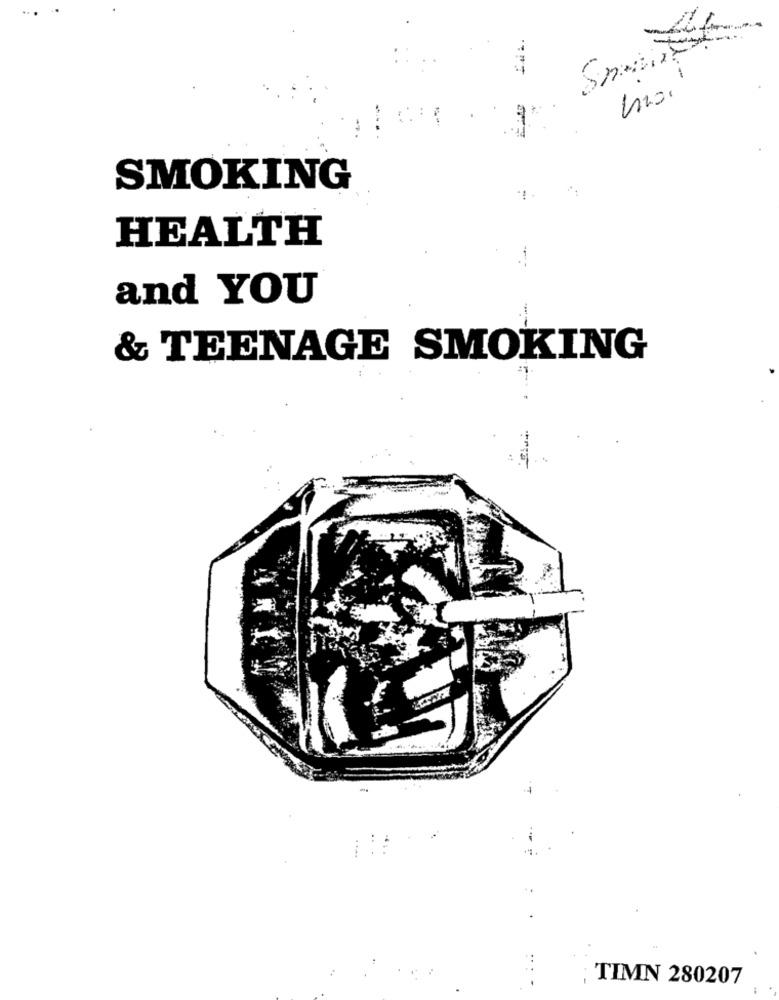
SMOKING
HEALTH
and YOU
& TEENAGE SMOKING
TIMN 280207